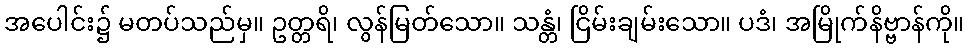
အပေါင်း၌ မတပ်သည်မှ။ ဥတ္တရိ၊ လွန်မြတ်သော။ သန္တံ၊ ငြိမ်းချမ်းသော။ ပဒံ၊ အမြိုက်နိဗ္ဗာန်ကို။